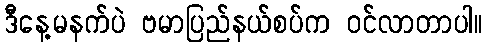
ဒီနေ့မနက်ပဲ ဗမာပြည်နယ်စပ်က ဝင်လာတာပါ။